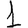
Digit: 1